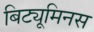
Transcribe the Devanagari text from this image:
बिट्यूमिनस